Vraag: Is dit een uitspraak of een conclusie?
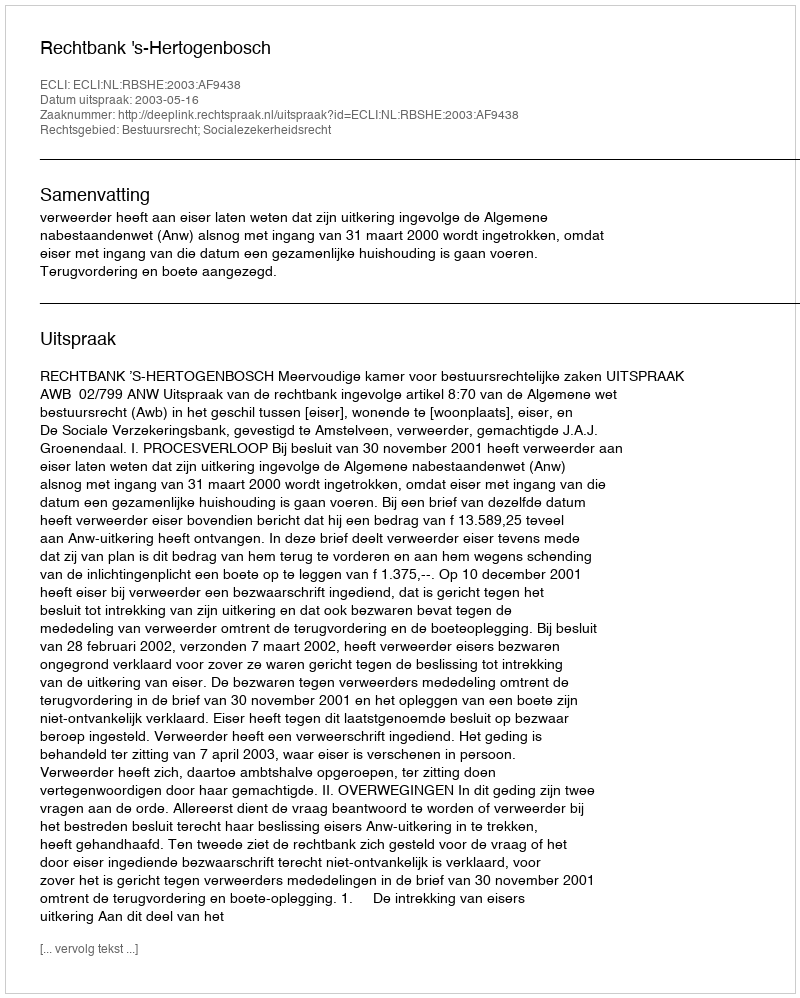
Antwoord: Uitspraak